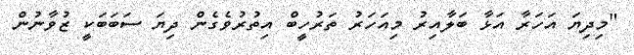
"މިދިޔަ އަހަރާ އަޅާ ބަލާއިރު މިއަހަރު ތަރުހީބް އިތުރުވެގެން ދިޔަ ސަބަބަކީ ޒުވާނުން